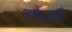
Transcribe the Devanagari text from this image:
नर्केजरी